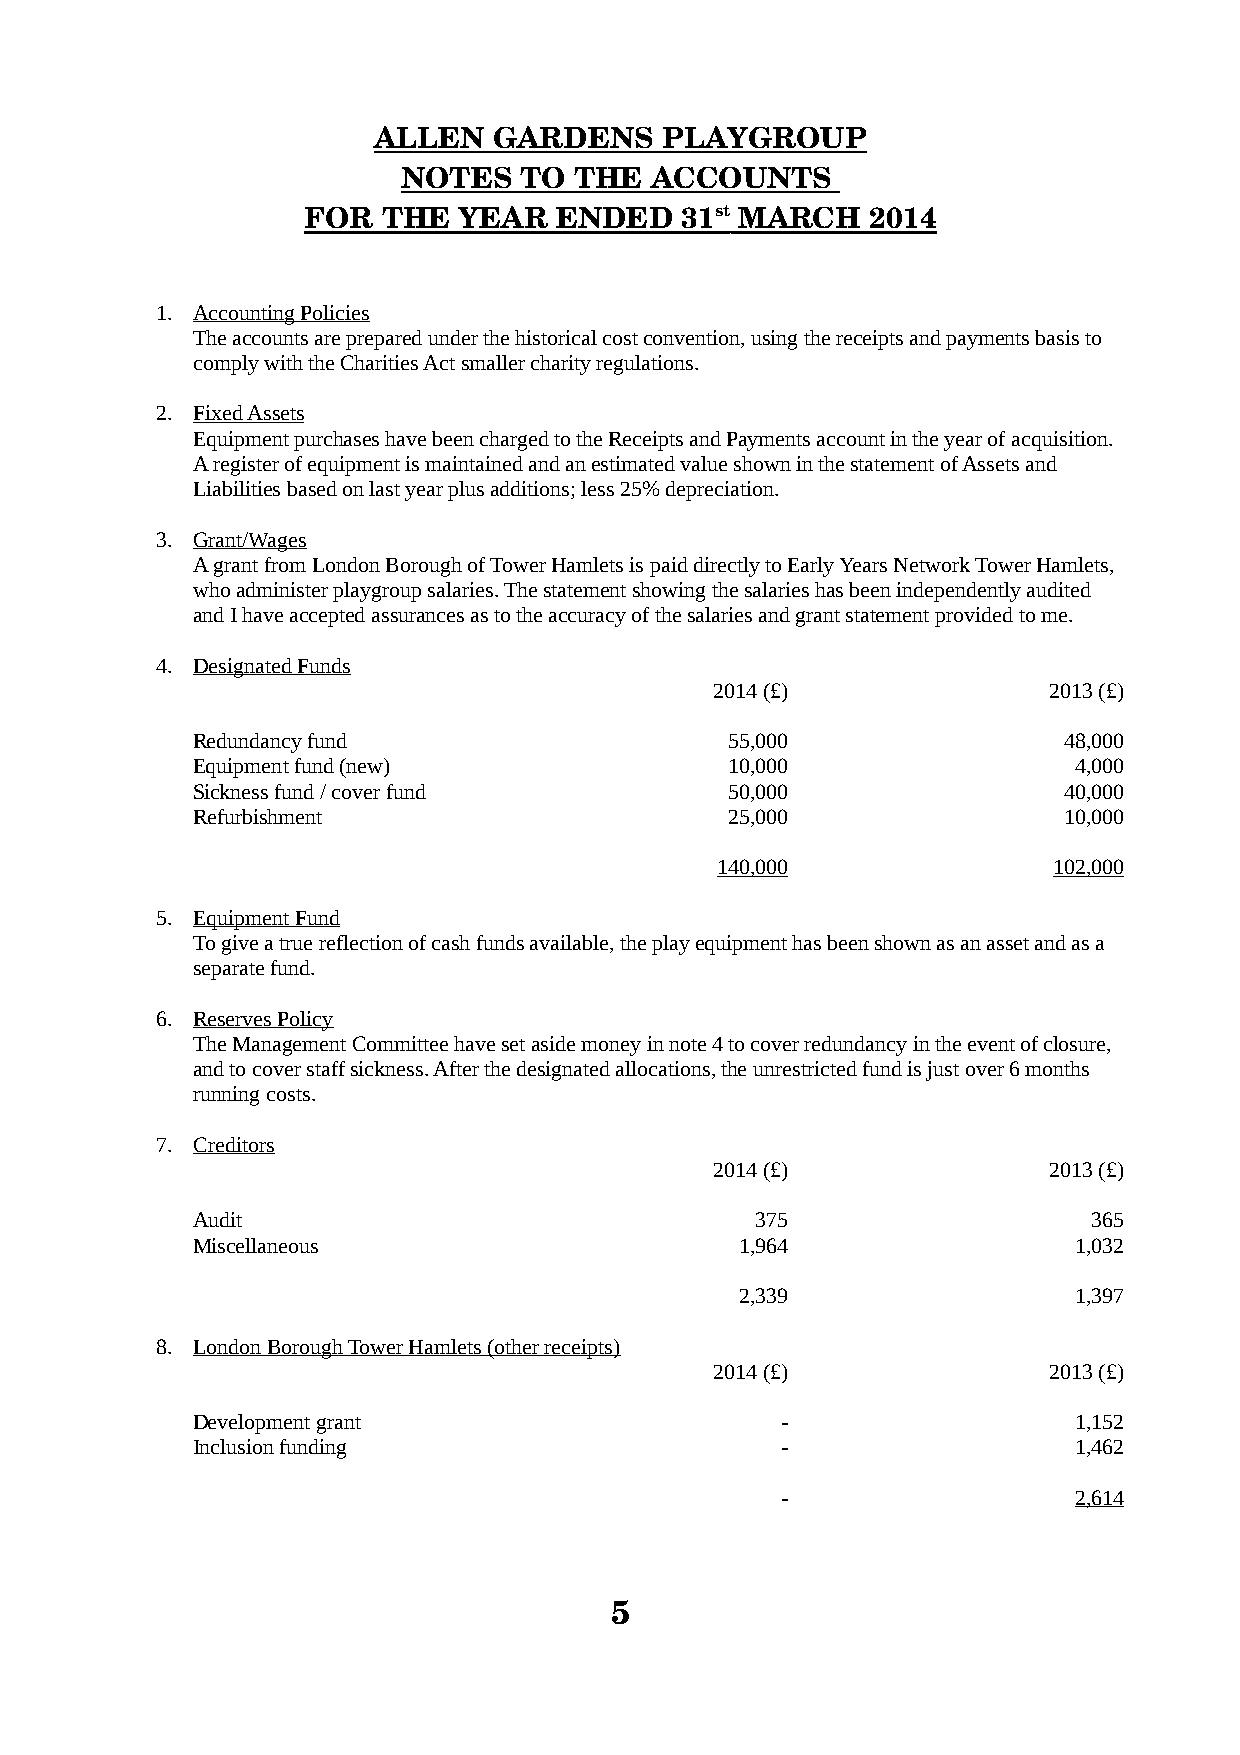
ALLEN   GARDENS    PLAYGROUP
 NOTES  TO  THE  ACCOUNTS
 FOR  THE  YEAR   ENDED   31 s t MARCH 2014
 1. Accounting Policies
 The accounts are prepared under the historical cost convention, using the receipts and payments basis to
 comply with the Charities Act smaller charity regulations.
 2. Fixed Assets
 Equipment purchases have been charged to the Receipts and Payments account in the year of acquisition.
 A register of equipment is maintained and an estimated value shown in the statement of Assets and
 Liabilities based on last year plus additions; less 25% depreciation.
 3. Grant/Wages
 A grant from London Borough of Tower Hamlets is paid directly to Early Years Network Tower Hamlets,
 who administer playgroup salaries. The statement showing the salaries has been independently audited
 and I have accepted assurances as to the accuracy of the salaries and grant statement provided to me.
 4. Designated Funds
 2014 (£)              2013 (£)
 Redundancy fund                    55,000                48,000
 Equipment fund (new)               10,000                 4,000
 Sickness fund / cover fund         50,000                40,000
 Refurbishment                      25,000                10,000
 140,000                102,000
 5. Equipment Fund
 To give a true reflection of cash funds available, the play equipment has been shown as an asset and as a
 separate fund.
 6. Reserves Policy
 The Management Committee have set aside money in note 4 to cover redundancy in the event of closure,
 and to cover staff sickness. After the designated allocations, the unrestricted fund is just over 6 months
 running costs.
 7. Creditors
 2014 (£)              2013 (£)
 Audit                                375                   365
 Miscellaneous                       1,964                 1,032
 2,339                 1,397
 8. London Borough Tower Hamlets (other receipts)
 2014 (£)              2013 (£)
 Development grant                      -                  1,152
 Inclusion funding                      -                  1,462
 -                  2,614
 5